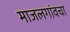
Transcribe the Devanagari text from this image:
माजलगांवचा